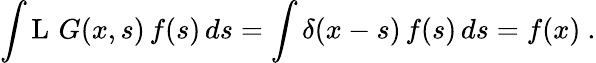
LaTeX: \int\operatorname{L}\, G(x,s)\, f(s)\, ds=\int\delta(x-s)\, f(s)\, ds=f(x)~.